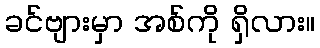
ခင်ဗျားမှာ အစ်ကို ရှိလား။